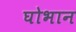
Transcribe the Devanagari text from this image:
घोभान